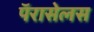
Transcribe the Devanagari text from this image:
पॅरासेलस